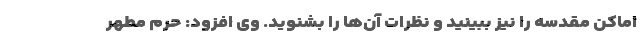
اماکن مقدسه را نیز ببینید و نظرات آن‌ها را بشنوید. وی افزود: حرم مطهر